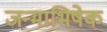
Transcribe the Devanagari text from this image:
जन्माभिषेक